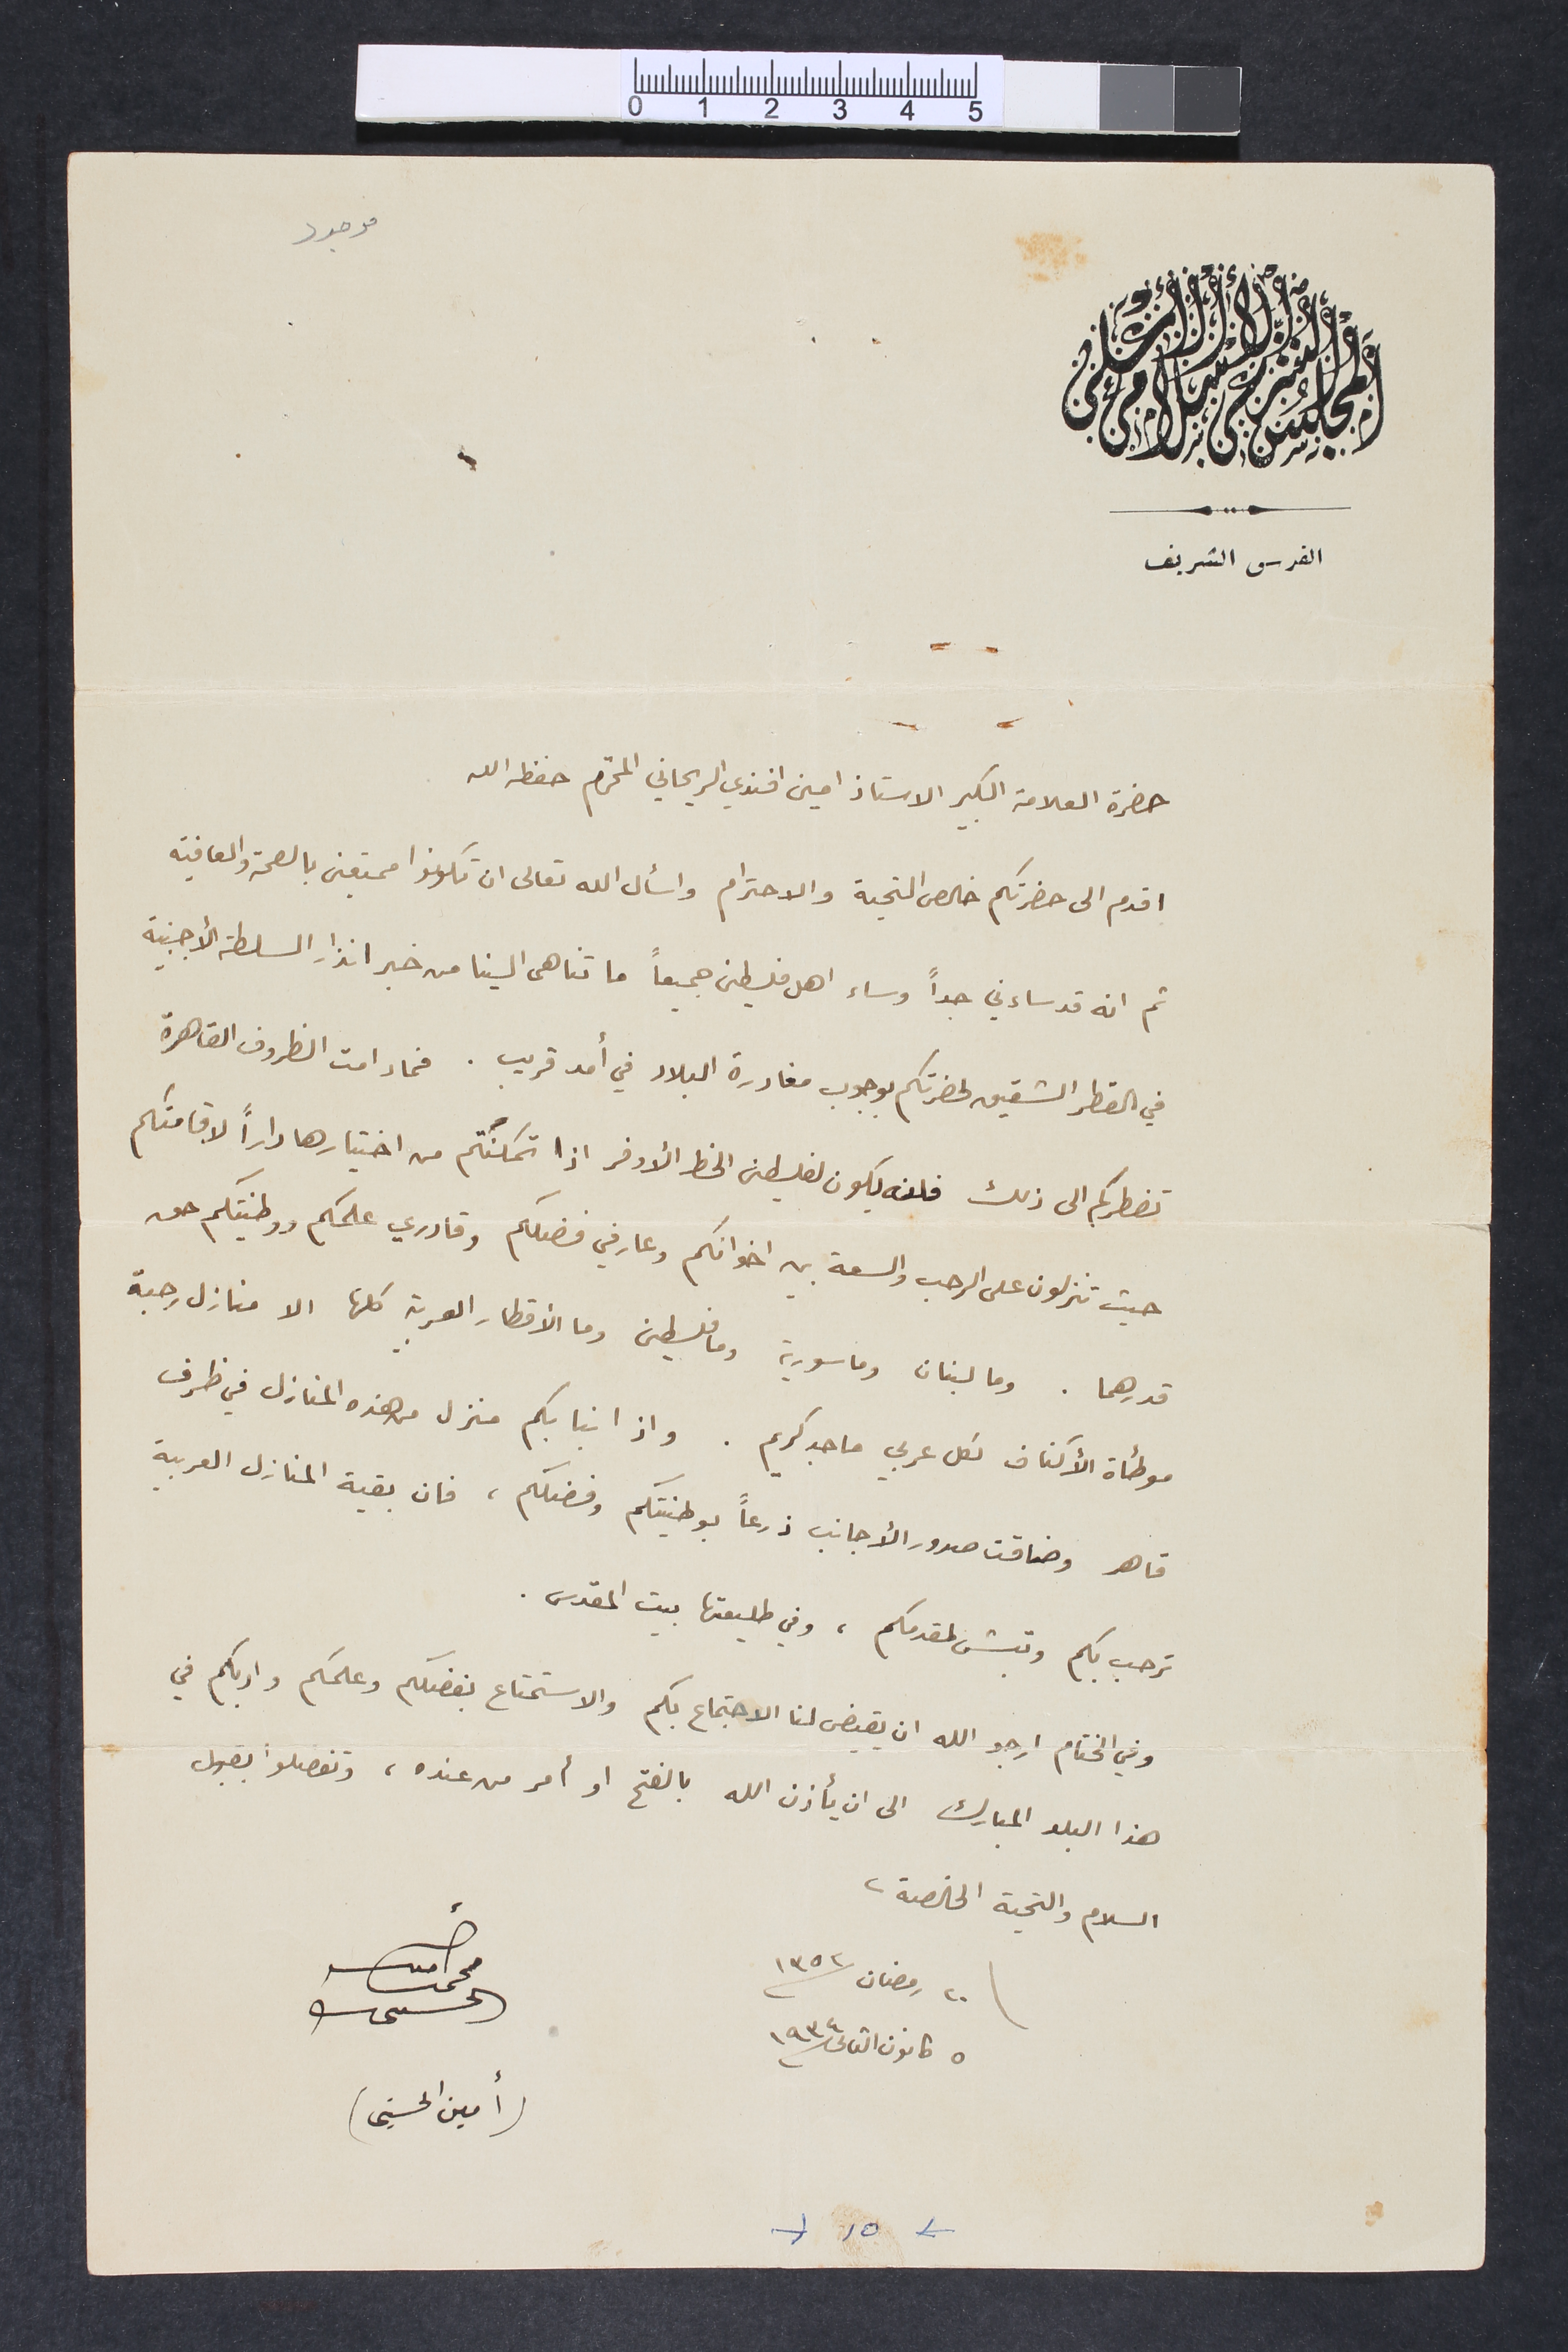
موجود
المجلس الشرعى الاسلامى الاعلى
القدس الشريف
حضرة العلامة الكبير الاستاذ امين افندي الريحاني المحترم حفظه الله
اقدم الى حضرتكم خالص التحية والاحترام واسأل الله تعالى ان تكونوا ممتعين بالصحة والعافية
ثم انه قد ساءني جداً وساء اهل فلسطين جميعاً ما تناهى الينا من خبر انذار السلطة الاجنبية
في القطر الشقيق لحضرتكم بوجوب مغادرة البلاد في أمد قريب. فما دامت الظروف القاهرة
تضطركم الى ذلك فلن يكون لفلسطين الحظ الأوفر اذا تمكنتم من اختيارها داراً لاقامتكم
حيث تنزلون على الرحب والسعة بين اخوانكم وعارفي فضلكم وقادري علمكم ووطنيتكم هو
قدرهما. وما لبنان وما سورية وما فلسطين وما الأقطار العربية كلها الا منازل رحبة
موطأة الأكناف لكل عربي ماجد كريم. واذا نبا بكم منزل من هذه المنازل في ظرف
قاهر وضاقت صدور الأجانب ذرعاً بوطنيتكم وفضلكم، فان بقية المنازل العربية
ترحب بكم وتبش لمقدمكم، وفي طليعتها بيت المقدس.
وفي الختام ارجو الله ان يقيض لنا الاجتماع بكم والاستمتاع بفضلكم وعلمكم وادبكم في
هذا البلد المبارك الى ان يأذن الله بالفتح او أمر من عنده، وتفضلوا بقبول
السلام والتحية الخالصة.
٢٠ رمضان سنة ١٣٥٢		 أمين محمد الحسيني
٥ كانون الثانى سنة ١٩٣٤		(أمين الحسيني)
١٥